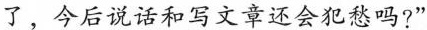
了，今后说话和写文章还会犯愁吗?”